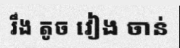
រឹង តូច វៀង ចាន់